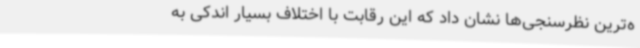
ه‌ترین نظرسنجی‌ها نشان داد که این رقابت‌ با اختلاف بسیار اندکی به